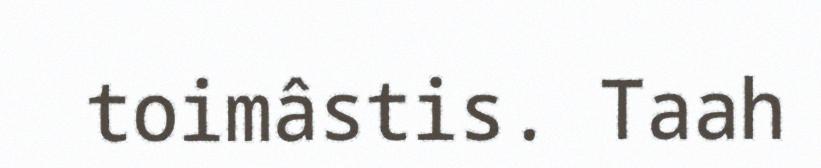
toimâstis. Taah